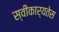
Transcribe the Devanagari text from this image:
स्वीकार्यतेस